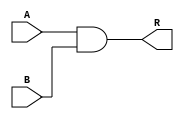
module AndGate(
R,A,B
    );
    input A,B;
    output  R;
    assign R=A&B;
endmodule